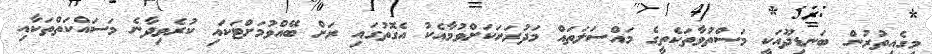
މީގެއިތުރުން ބަނޑިދޫއަކީ މަސްތުވާތަކެތީގެ މައްސަލަތައް މަދުރަށަކަށްވުމާއެކު އެގޮތުގައި ރަށް ބޭއްވުމަށްޓަކައި ކުރެވިދާނެ މަސައްކަތްތަކާއި